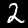
Label: 2